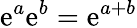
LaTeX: \mathrm{e}^{a}\mathrm{e}^{b}=\mathrm{e}^{a+b}